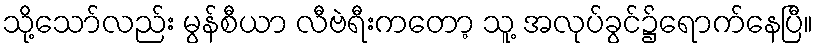
သို့သော်လည်း မွန်စီယာ လီဗဲရီးကတော့ သူ့ အလုပ်ခွင်၌ရောက်နေပြီ။